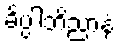
ခိပ္ပါဘိညာနံ